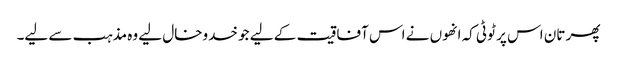
پھر تان اس پر ٹوٹی کہ انھوں نے اس آفاقیت کے لیے جو خدوخال لیے وہ مذہب سے لیے۔